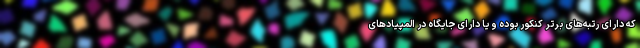
که دارای رتبه‌های برتر کنکور بوده و یا دارای جایگاه در المپیادهای